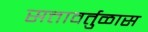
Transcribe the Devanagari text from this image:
सत्तावर्तुळास